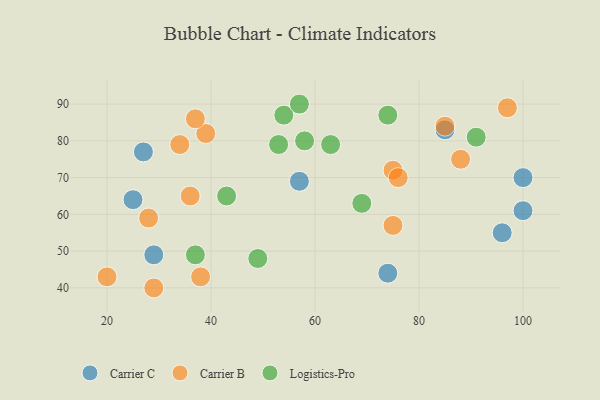
{"axis": {"x": "GDP", "y": "Life Expectancy"}, "legend": ["Carrier B", "Carrier C", "Logistics-Pro"], "data": [{"x": "100", "y": 70, "type": "Carrier C"}, {"x": "57", "y": 69, "type": "Carrier C"}, {"x": "29", "y": 49, "type": "Carrier C"}, {"x": "74", "y": 44, "type": "Carrier C"}, {"x": "96", "y": 55, "type": "Carrier C"}, {"x": "25", "y": 64, "type": "Carrier C"}, {"x": "100", "y": 61, "type": "Carrier C"}, {"x": "85", "y": 83, "type": "Carrier C"}, {"x": "27", "y": 77, "type": "Carrier C"}, {"x": "38", "y": 43, "type": "Carrier B"}, {"x": "88", "y": 75, "type": "Carrier B"}, {"x": "75", "y": 72, "type": "Carrier B"}, {"x": "75", "y": 57, "type": "Carrier B"}, {"x": "28", "y": 59, "type": "Carrier B"}, {"x": "20", "y": 43, "type": "Carrier B"}, {"x": "29", "y": 40, "type": "Carrier B"}, {"x": "39", "y": 82, "type": "Carrier B"}, {"x": "37", "y": 86, "type": "Carrier B"}, {"x": "76", "y": 70, "type": "Carrier B"}, {"x": "36", "y": 65, "type": "Carrier B"}, {"x": "34", "y": 79, "type": "Carrier B"}, {"x": "85", "y": 84, "type": "Carrier B"}, {"x": "97", "y": 89, "type": "Carrier B"}, {"x": "74", "y": 87, "type": "Logistics-Pro"}, {"x": "53", "y": 79, "type": "Logistics-Pro"}, {"x": "49", "y": 48, "type": "Logistics-Pro"}, {"x": "43", "y": 65, "type": "Logistics-Pro"}, {"x": "63", "y": 79, "type": "Logistics-Pro"}, {"x": "58", "y": 80, "type": "Logistics-Pro"}, {"x": "54", "y": 87, "type": "Logistics-Pro"}, {"x": "37", "y": 49, "type": "Logistics-Pro"}, {"x": "57", "y": 90, "type": "Logistics-Pro"}, {"x": "69", "y": 63, "type": "Logistics-Pro"}, {"x": "91", "y": 81, "type": "Logistics-Pro"}]}